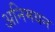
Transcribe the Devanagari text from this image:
अनिमयन